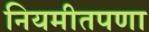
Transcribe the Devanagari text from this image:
नियमीतपणा